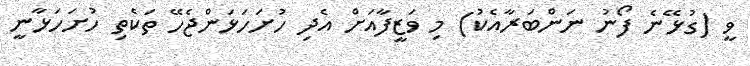
ވީ (ގުޅޭނެ ފޯނު ނަންބަރާއެކު) މި ވަޒީފާއަށް އެދި ހުށަހަޅަންޖެހޭ ތަކެތި ހުށަހަޅާނީ